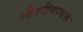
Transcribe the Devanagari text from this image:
औत्तरीयपथके